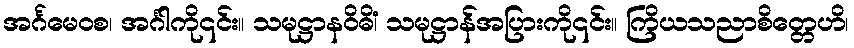
အင်္ဂမေဝစ၊ အင်္ဂါကို၎င်း။ သမုဋ္ဌာနဝိဓိံ၊ သမုဋ္ဌာန်အပြားကို၎င်း။ ကြိယသညာစိတ္တေဟိ၊